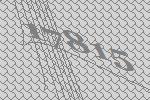
17815